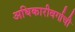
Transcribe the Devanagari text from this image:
अधिकारीवर्गाची